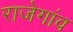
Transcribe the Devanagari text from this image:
राजेगांव